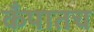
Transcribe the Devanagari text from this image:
कँपातच